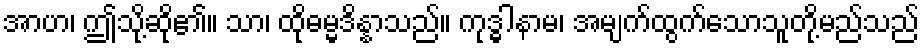
အာဟ၊ ဤသို့ဆို၏။ သာ၊ ထိုဓမ္မဒိန္နာသည်။ ကုဒ္ဓါနာမ၊ အမျက်ထွက်သောသူတို့မည်သည်